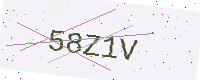
Text: 58Z1V